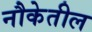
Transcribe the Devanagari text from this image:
नौकेतील